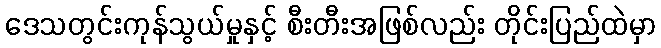
ဒေသတွင်းကုန်သွယ်မှုနှင့် စီးတီးအဖြစ်လည်း တိုင်းပြည်ထဲမှာ